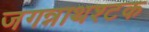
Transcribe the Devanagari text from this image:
जगन्नाथश्टक